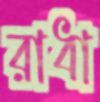
রাধা